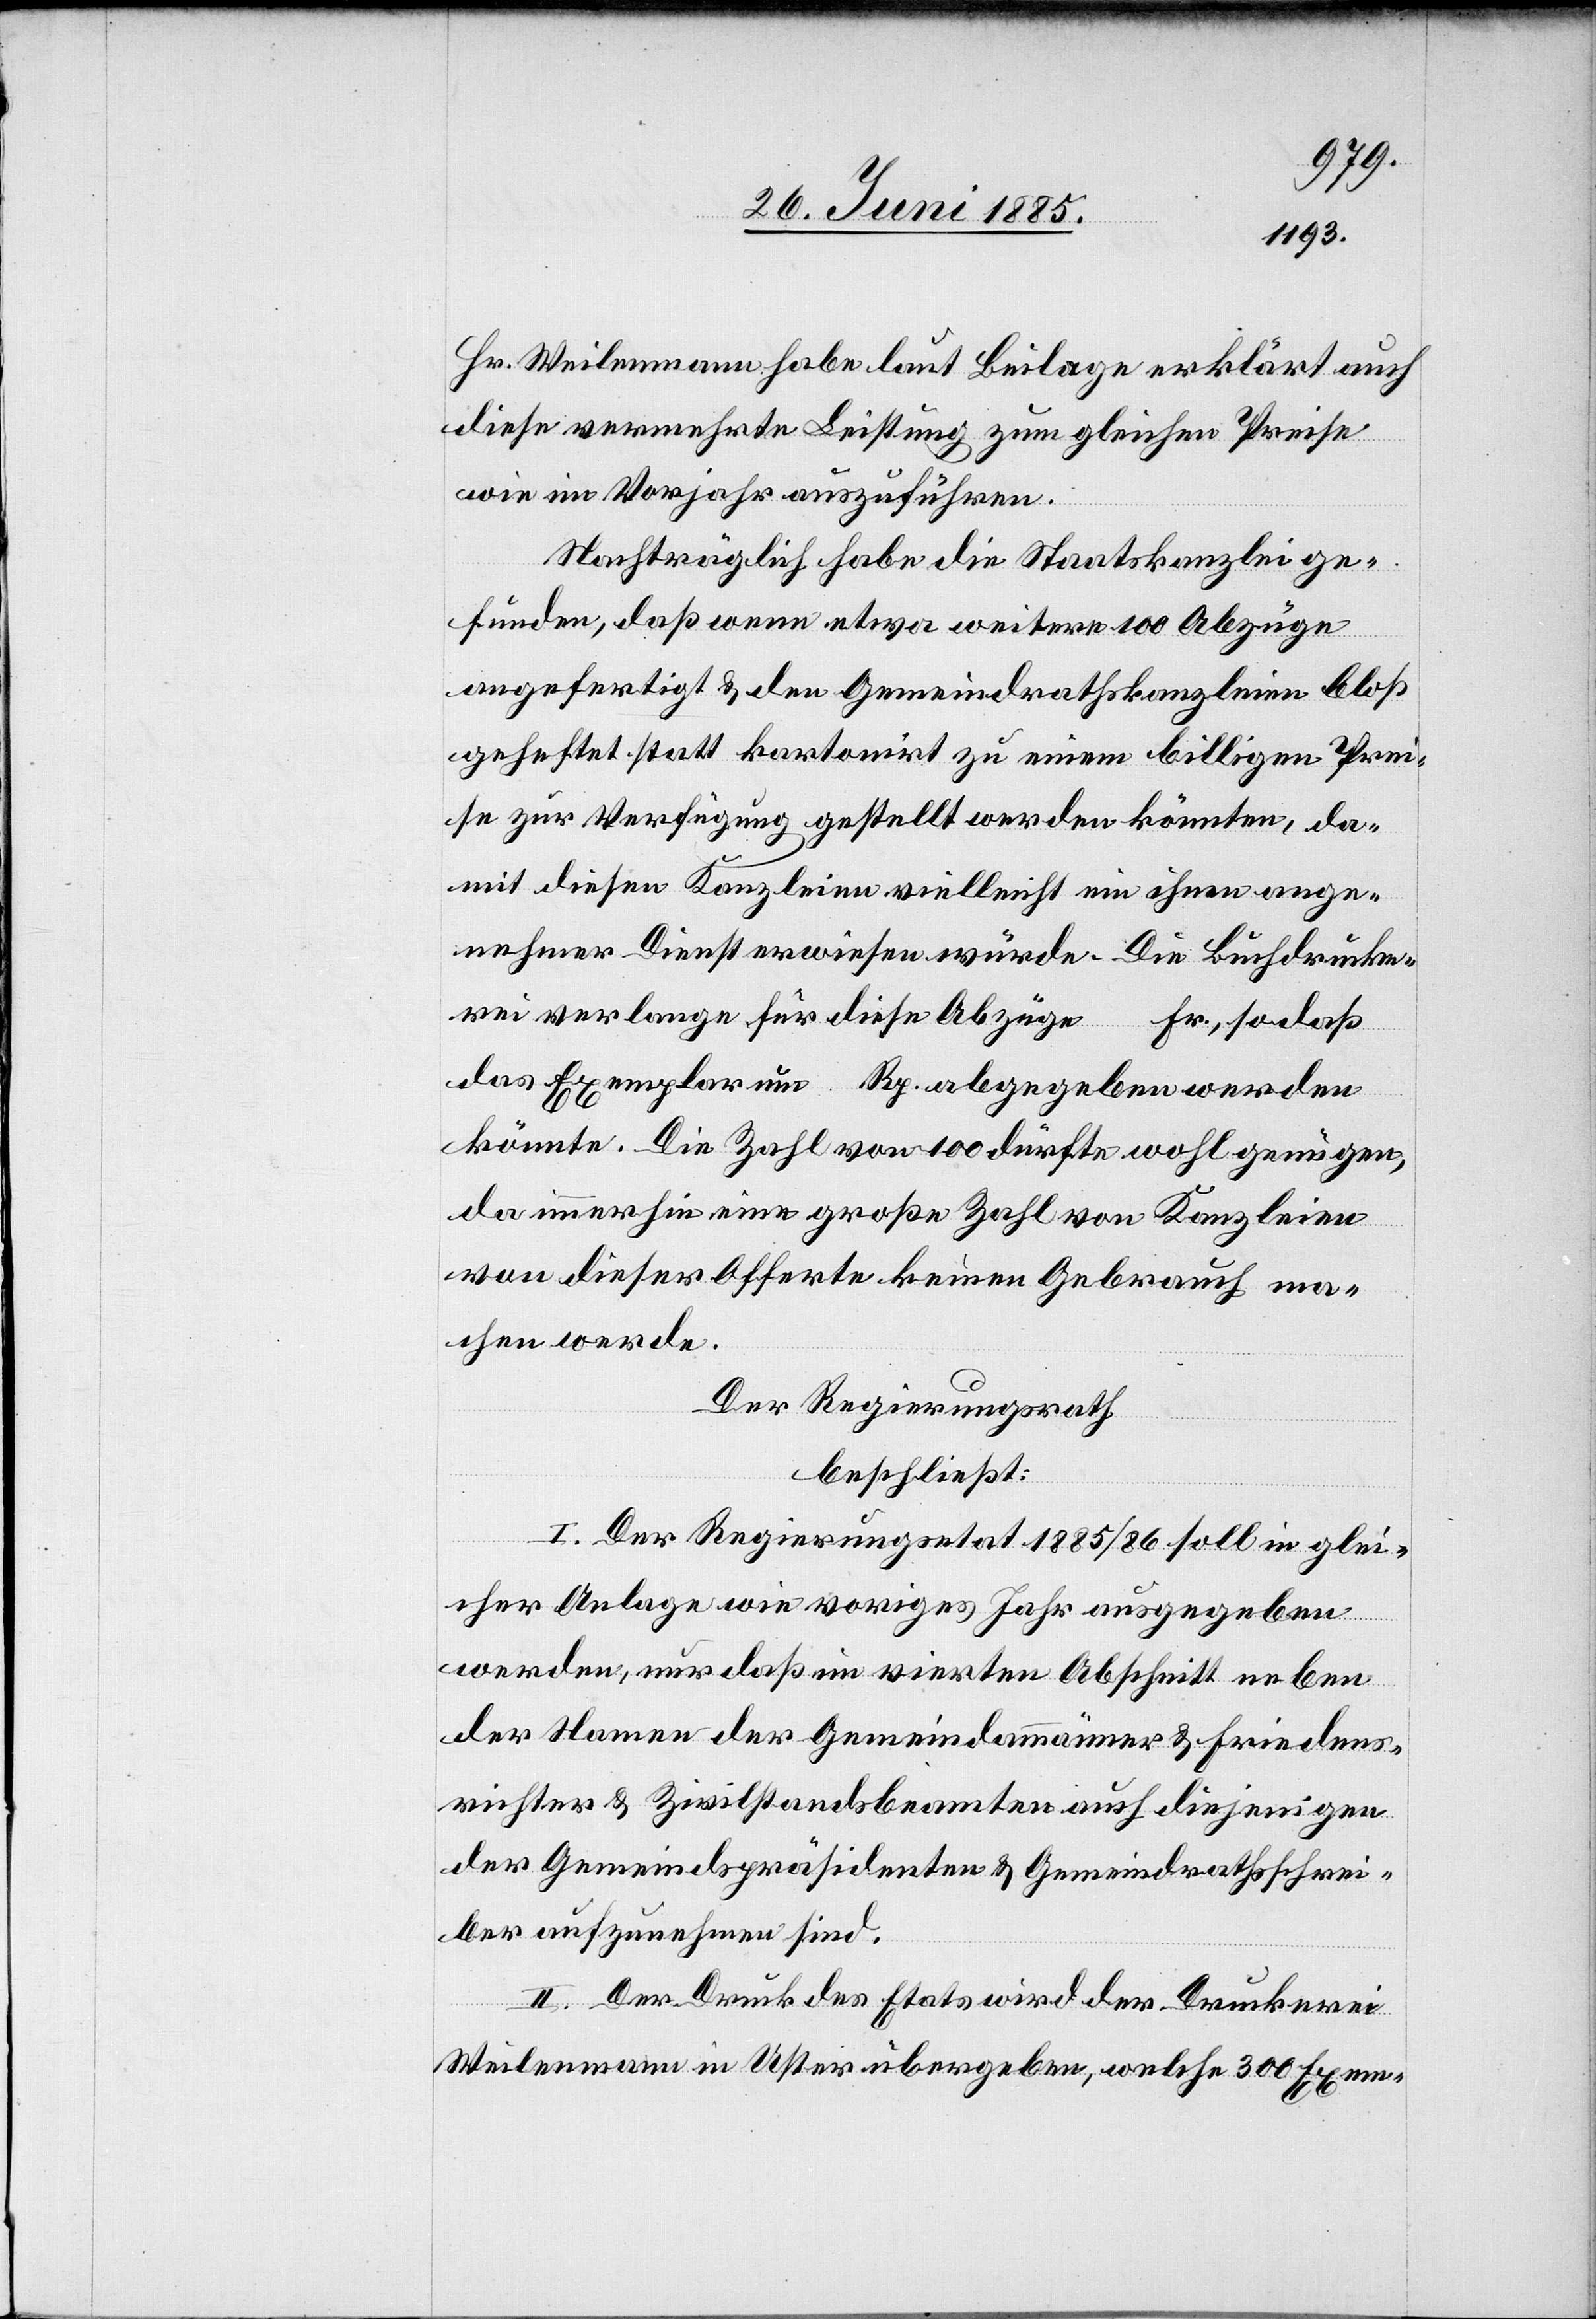
Hr. Weilenmann habe laut Beilage erklärt auch
diese vermehrte Leistung zum gleichen Preise
wie im Vorjahr auszuführen.
Nachträglich habe die Staatskanzlei ge¬
funden, daß wenn etwa weitere 100 Abzüge
angefertigt & den Gemeindrathskanzleien bloß
geheftet statt kartonirt zu einem billigen Prei¬
se zur Verfügung gestellt werden könnten, da¬
mit diesen Kanzleien vielleicht ein ihnen ange¬
nehmer Dienst erwiesen würde. Die Buchdrucke¬
rei verlange für diese Abzüge … Fr., so daß
das Exemplar um … Rp. abgegeben werden
könnte. Die Zahl von 100 dürfte wohl genügen,
da immerhin eine große Zahl von Kanzleien
von dieser Offerte keinen Gebrauch ma¬
chen werde.
Der Regierungsrath
beschließt:
I. Der Regierungsetat 1885/86 soll in glei¬
cher Anlage wie voriges Jahr ausgegeben
werden; nur daß im vierten Abschnitt neben
der Namen der Gemeindemänner & Friedens¬
richter & Zivilstandsbeamten auch diejenigen
der Gemeindspräsidenten & Gemeindrathsschrei¬
ber aufzunehmen sind.
II. Der Druck des Etats wird der Druckerei
Weilenmann in Uster übergeben, welche 300 Exem-